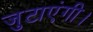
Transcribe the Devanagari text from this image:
जुटाएंगी।